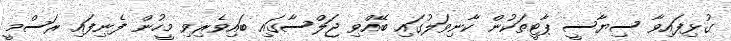
ގުޅިފައިވާ ސިޔާސީ ޕާޓީތަކުން ކާނިވަލުގައި ބޭއްވި ޖަލްސާގައި ބައިވެރިވި މީހުން ފެނިފައި ރަސްމީ